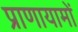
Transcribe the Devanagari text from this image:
प्राणायामों